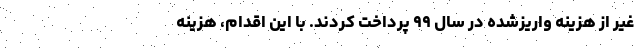
غیر از هزینه واریزشده در سال ۹۹ پرداخت کردند. با این اقدام، هزینه